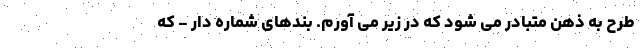
طرح به ذهن متبادر می شود که در زیر می آورم. بندهای شماره دار - که